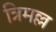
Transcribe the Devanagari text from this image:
त्रिमल्ल